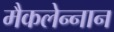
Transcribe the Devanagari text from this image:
मैकलेन्नान